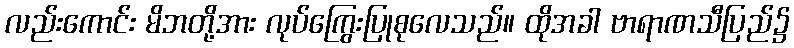
လည်းကောင်း မိဘတို့အား လုပ်ကြွေးပြုစုလေသည်။ ထိုအခါ ဗာရာဏသီပြည်၌